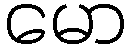
မော